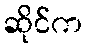
ဆိုင်က